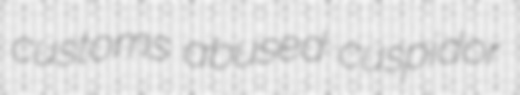
customs abused cuspidor